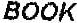
BOOK